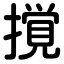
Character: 撹